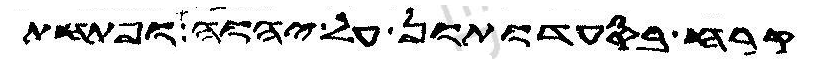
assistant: קרח בסעדותון על יהוה ופתחת